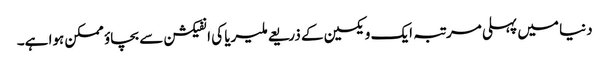
دنیا میں پہلی مرتبہ ایک ویکسین کے ذریعے ملیریا کی انفیکشن سے بچاؤ ممکن ہوا ہے۔